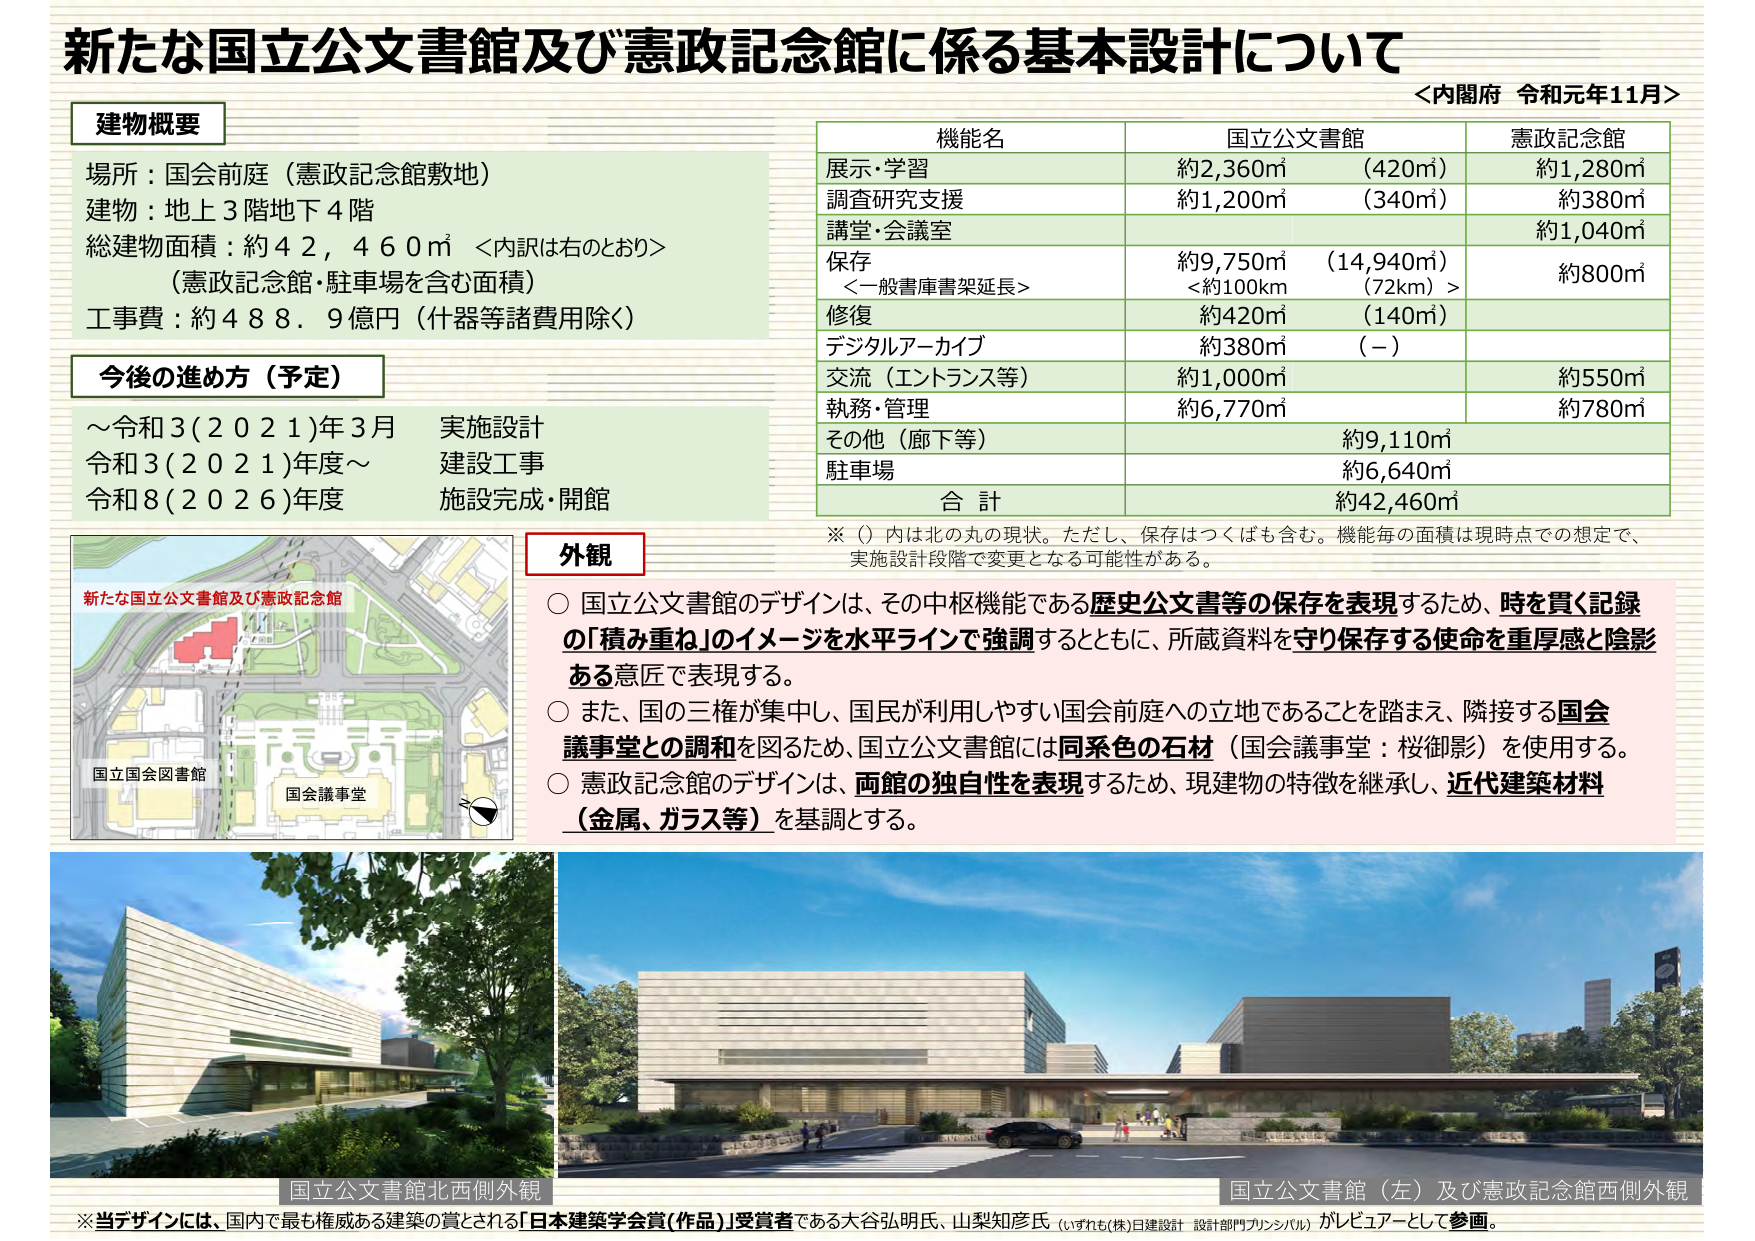
新たな国立公文書館及び憲政記念館に係る基本設計について
＜内閣府 令和元年11月＞

**建物概要**
場所：国会前庭（憲政記念館敷地）
建物：地上3階地下4階
総建物面積：約42,460㎡ ＜内訳は右のとおり＞
（憲政記念館・駐車場を含む面積）
工事費：約488.9億円（什器等諸費用除く）

**今後の進め方（予定）**
～令和3(2021)年3月　実施設計
令和3(2021)年度～　建設工事
令和8(2026)年度　施設完成・開館

**機能名**　　　　　　　**国立公文書館**　　　　　**憲政記念館**
展示・学習　　　　　　約2,360㎡（420㎡）　　　約1,280㎡
調査研究支援　　　　　約1,200㎡（340㎡）　　　約380㎡
講堂・会議室　　　　　　　　　　　　　　　　　約1,040㎡
保存　　　　　　　　　約9,750㎡（14,940㎡）　約800㎡
＜一般書庫書架延長＞　＜約100km（72km）＞
修復　　　　　　　　　約420㎡（140㎡）　　　　（－）
デジタルアーカイブ　　約380㎡　　　　　　　　（－）
交流（エントランス等）　約1,000㎡　　　　　　約550㎡
執務・管理　　　　　　約6,770㎡　　　　　　　約780㎡
その他（廊下等）　　　　　　　　　　　　　　　約9,110㎡
駐車場　　　　　　　　　　　　　　　　　　　　約6,640㎡
**合計**　　　　　　　**約42,460㎡**

※（）内は北の丸の現状。ただし、保存はつくばも含む。機能毎の面積は現時点での想定で、実施設計段階で変更となる可能性がある。

**外観**
○ 国立公文書館のデザインは、その中枢機能である歴史公文書等の保存を表現するため、時を貫く記録の「積み重ね」のイメージを水平ラインで強調するとともに、所蔵資料を守り保存する使命を重厚感と陰影ある意匠で表現する。
○ また、国の三権が集中し、国民が利用しやすい国会前庭への立地であることを踏まえ、隣接する国会議事堂との調和を図るため、国立公文書館には同系色の石材（国会議事堂：桜御影）を使用する。
○ 憲政記念館のデザインは、両館の独自性を表現するため、現建物の特徴を継承し、近代建築材料（金属、ガラス等）を基調とする。

**新 た な 国 立 公 文 書 館 及 び 憲 政 記 念 館**
**国立国会図書館**
**国会議事堂**

**国立公文書館北西側外観**
**国立公文書館（左）及び憲政記念館西側外観**

※当デザインには、国内で最も権威ある建築の賞とされる「日本建築学会賞(作品)」受賞者である大谷弘明氏、山梨知彦氏（いずれも(株)日建設計 設計部門プリンシパル）がピュアーとして参画。